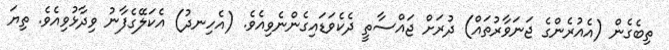
ތިބެގެން (އެއުރެންގެ ޖަނަވާރުތައް) ދުރަށް ޖައްސާތީ ދެކެވަޑައިގެންނެވިއެވެ. (އެހިނދު) އެކަލޭގެފާނު ވިދާޅުވިއެވެ. ތިޔަ